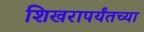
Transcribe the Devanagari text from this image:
शिखरापर्यंतच्या